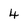
Character: 4